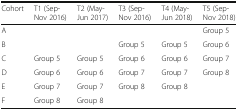
<table><thead><tr><td><b>Cohort</b></td><td><b>T1 (Sep-Nov 2016)</b></td><td><b>T2 (May-Jun 2017)</b></td><td><b>T3 (Sep-Nov 2016)</b></td><td><b>T4 (May-Jun 2018)</b></td><td><b>T5 (Sep-Nov 2018)</b></td></tr></thead><tbody><tr><td>A</td><td></td><td></td><td></td><td></td><td>Group 5</td></tr><tr><td>B</td><td></td><td></td><td>Group 5</td><td>Group 5</td><td>Group 6</td></tr><tr><td>C</td><td>Group 5</td><td>Group 5</td><td>Group 6</td><td>Group 6</td><td>Group 7</td></tr><tr><td>D</td><td>Group 6</td><td>Group 6</td><td>Group 7</td><td>Group 7</td><td>Group 8</td></tr><tr><td>E</td><td>Group 7</td><td>Group 7</td><td>Group 8</td><td>Group 8</td><td></td></tr><tr><td>F</td><td>Group 8</td><td>Group 8</td><td></td><td></td><td></td></tr></tbody></table>